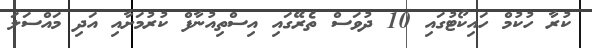
ކުރާ ހުކުމް ހައިކޯޓުގައި 10 ދުވަސް ތެރޭގައި އިސްތިއުނާފް ކުރުމަށާއި އަދި މައްސަލަ